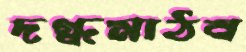
দগ্ধমাঠব